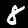
Label: 8